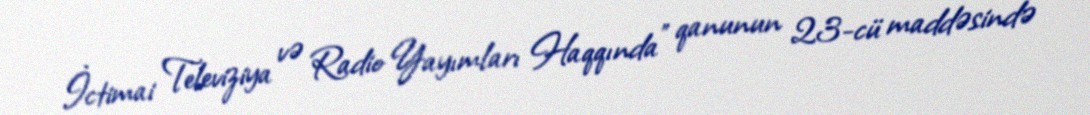
İctimai Televiziya və Radio Yayımları Haqqında" qanunun 23-cü maddəsində